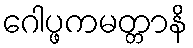
ဂေါပ္ဖကမတ္တာနိ